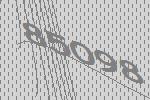
85098